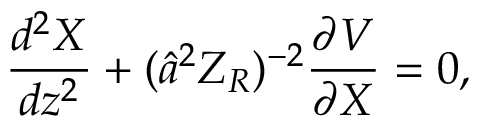
\frac { d ^ { 2 } X } { d z ^ { 2 } } + ( \hat { a } ^ { 2 } Z _ { R } ) ^ { - 2 } \frac { \partial V } { \partial X } = 0 ,